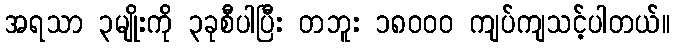
အရသာ ၃မျိုးကို ၃ခုစီပါပြီး တဘူး ၁၈၀၀၀ ကျပ်ကျသင့်ပါတယ်။